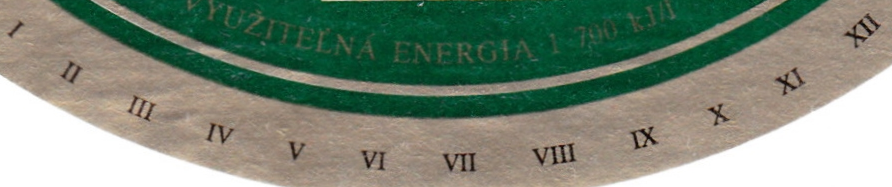
I II III IV V VI VII VIII IX X XI XII